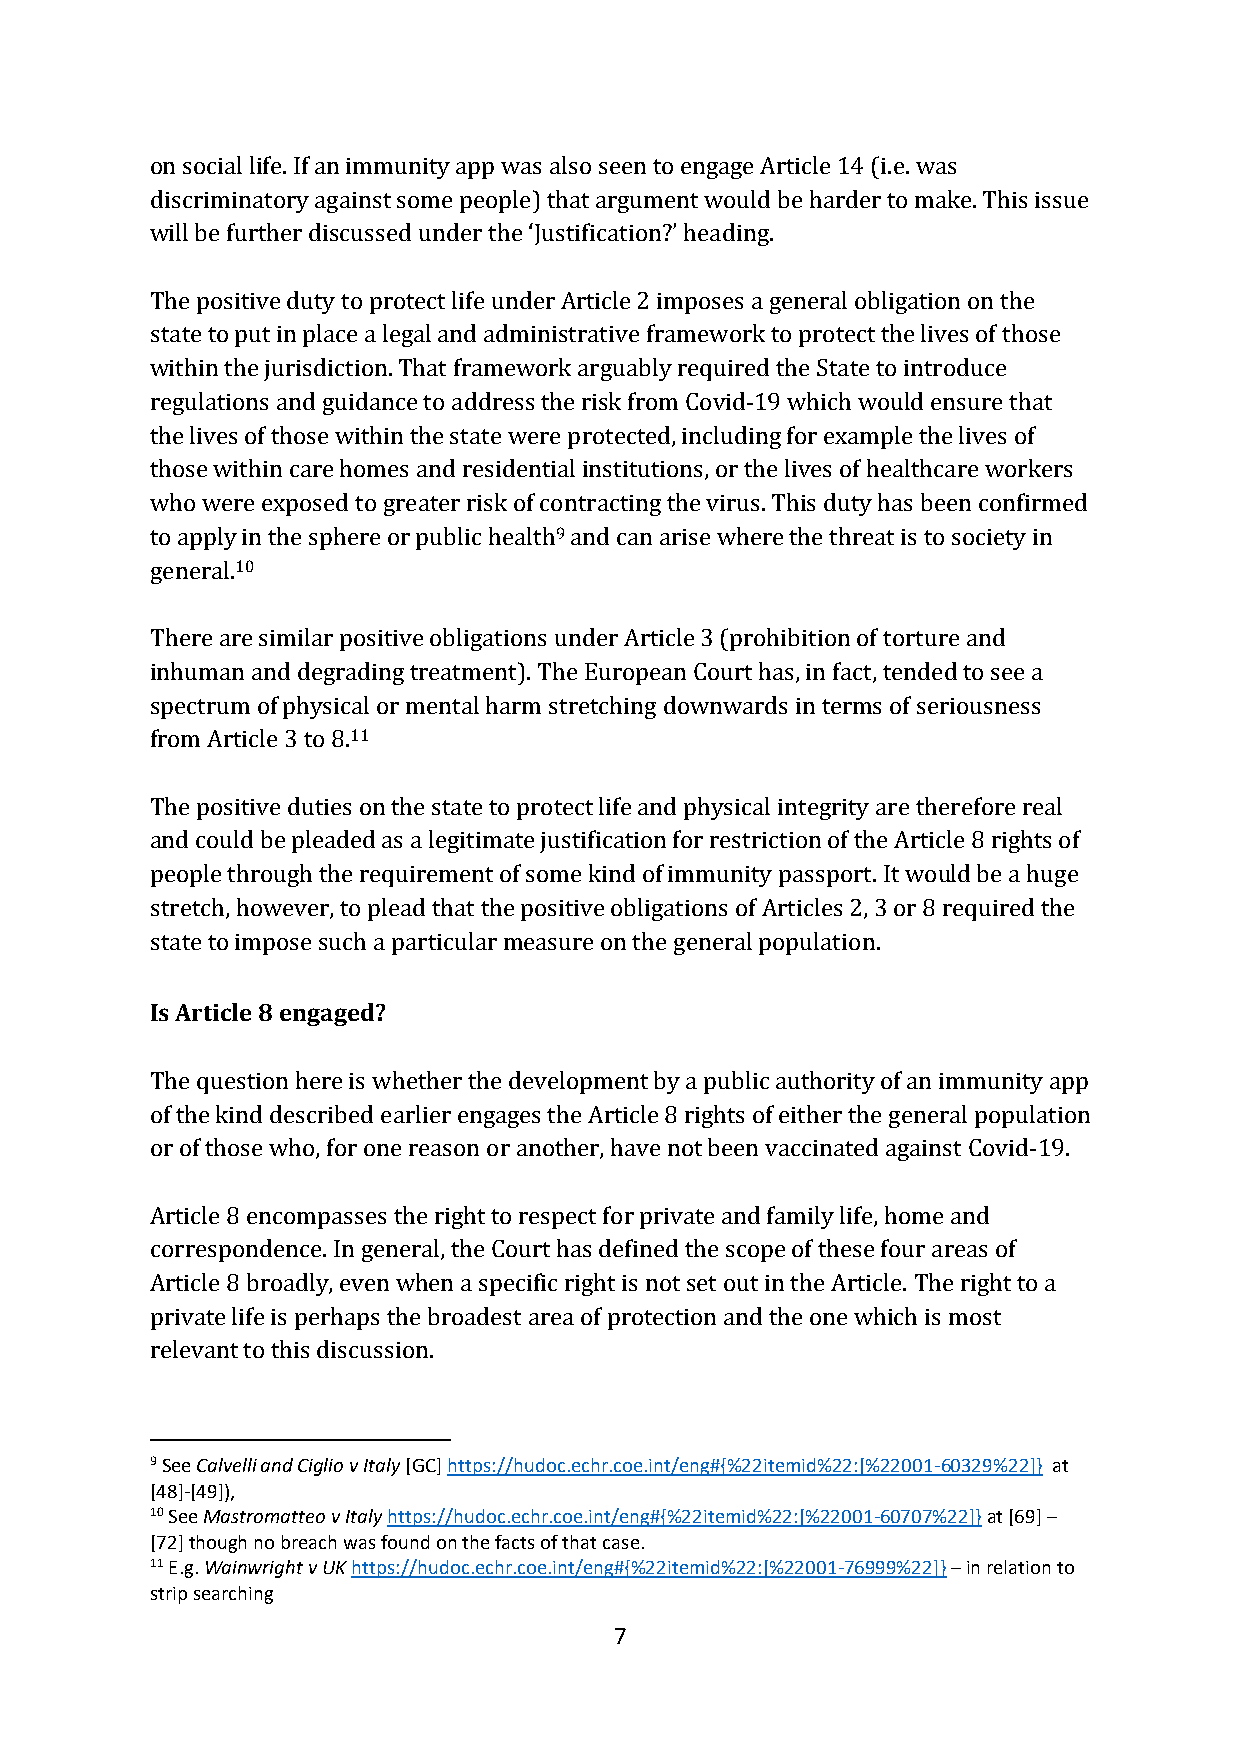
on social life. If an immunity app was also seen to engage Article 14 (i.e. was
 discriminatory against some people) that argument would be harder to make. This issue
 will be further discussed under the ‘Justification?’ heading.
 The positive duty to protect life under Article 2 imposes a general obligation on the
 state to put in place a legal and administrative framework to protect the lives of those
 within the jurisdiction. That framework arguably required the State to introduce
 regulations and guidance to address the risk from Covid-19 which would ensure that
 the lives of those within the state were protected, including for example the lives of
 those within care homes and residential institutions, or the lives of healthcare workers
 who were exposed to greater risk of contracting the virus. This duty has been confirmed
 to apply in the sphere or public health9 and can arise where the threat is to society in
 general.10
 There are similar positive obligations under Article 3 (prohibition of torture and
 inhuman and degrading treatment). The European Court has, in fact, tended to see a
 spectrum of physical or mental harm stretching downwards in terms of seriousness
 from Article 3 to 8.11
 The positive duties on the state to protect life and physical integrity are therefore real
 and could be pleaded as a legitimate justification for restriction of the Article 8 rights of
 people through the requirement of some kind of immunity passport. It would be a huge
 stretch, however, to plead that the positive obligations of Articles 2, 3 or 8 required the
 state to impose such a particular measure on the general population.
 Is Article 8 engaged?
 The question here is whether the development by a public authority of an immunity app
 of the kind described earlier engages the Article 8 rights of either the general population
 or of those who, for one reason or another, have not been vaccinated against Covid-19.
 Article 8 encompasses the right to respect for private and family life, home and
 correspondence. In general, the Court has defined the scope of these four areas of
 Article 8 broadly, even when a specific right is not set out in the Article. The right to a
 private life is perhaps the broadest area of protection and the one which is most
 relevant to this discussion.
 9 See Calvelli and Ciglio v Italy [GC] https://hudoc.echr.coe.int/eng#{%22itemid%22:[%22001-60329%22]} at
 [48]-[49]),
 10 See Mastromatteo v Italy https://hudoc.echr.coe.int/eng#{%22itemid%22:[%22001-60707%22]} at [69] –
 [72] though no breach was found on the facts of that case.
 11 E.g. Wainwright v UK https://hudoc.echr.coe.int/eng#{%22itemid%22:[%22001-76999%22]} – in relation to
 strip searching
 7